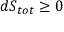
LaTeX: d S _ { t o t } \geq 0